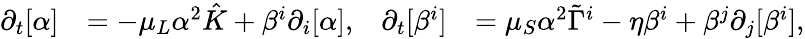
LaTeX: \begin{array}{rlrl}{\partial_{t}[\alpha]}&{=-\mu_{L}\alpha^{2}\hat{K}+\beta^{i}\partial_{i}[\alpha],}&{\partial_{t}[\beta^{i}]}&{=\mu_{S}\alpha^{2}\tilde{\Gamma}^{i}-\eta\beta^{i}+\beta^{j}\partial_{j}[\beta^{i}],}\end{array}